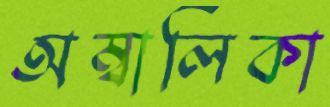
অম্বালিকা